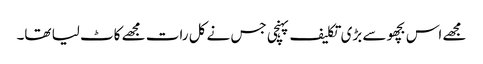
مجھے اس بچھو سے بڑی تکلیف پہنچی جس نے کل رات مجھے کاٹ لیا تھا۔